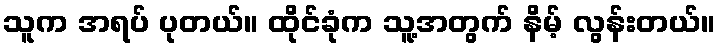
သူက အရပ် ပုတယ်။ ထိုင်ခုံက သူ့အတွက် နိမ့် လွန်းတယ်။